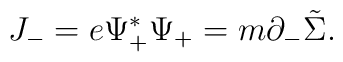
J_-=e{\Psi}_+^{\ast}{\Psi}_+=m{\partial}_-\tilde{\Sigma}.